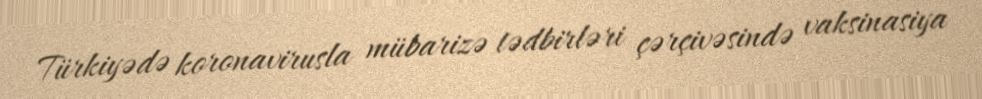
Türkiyədə koronavirusla mübarizə tədbirləri çərçivəsində vaksinasiya